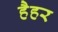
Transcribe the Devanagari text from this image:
हैहर